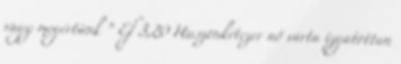
vagy megértünk ” Ef 3,20 Huszonkétezer nő várta izgatottan